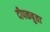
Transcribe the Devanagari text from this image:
दीपकबुवा